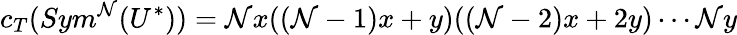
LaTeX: c_{T}(Sym^{\mathcal{N}}(U^{*}))=\mathcal{N}x((\mathcal{N}-1)x+y)((\mathcal{N}-2)x+2y)\cdots\mathcal{N}y